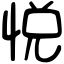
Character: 悦